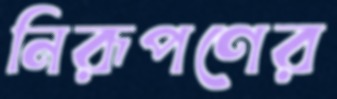
নিরূপণের